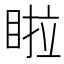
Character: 𭾺